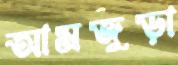
আমজুড়া